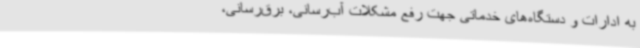
به ادارات و دستگاه‌های خدماتی جهت رفع مشکلات آب‌رسانی، برق‌رسانی،